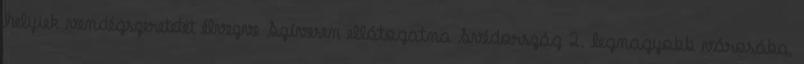
helyiek vendégszeretetét élvezve Szívesen ellátogatna Svédország 2. legnagyobb városába,